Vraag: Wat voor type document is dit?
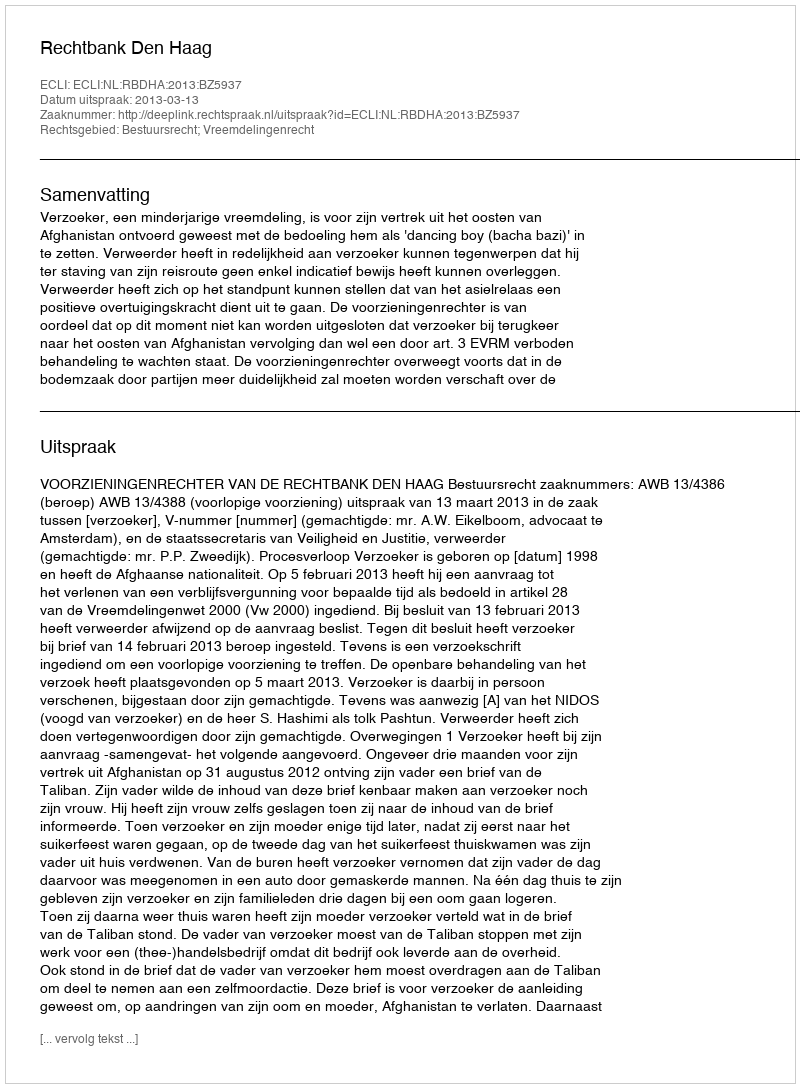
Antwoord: Uitspraak